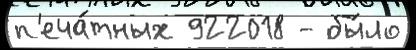
п'еча́тных 922018 - бы́ло